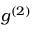
g ^ { ( 2 ) }